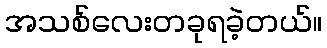
အသစ်လေးတခုရခဲ့တယ်။